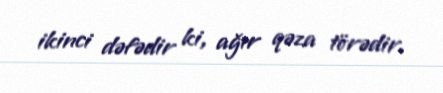
ikinci dəfədir ki, ağır qəza törədir.